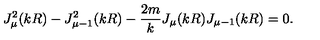
J _ { \mu } ^ { 2 } ( k R ) - J _ { \mu - 1 } ^ { 2 } ( k R ) - \frac { 2 m } { k } J _ { \mu } ( k R ) J _ { \mu - 1 } ( k R ) = 0 .